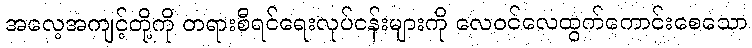
အလေ့အကျင့်တို့ကို တရားစီရင်ရေးလုပ်ငန်းများကို လေဝင်လေထွက်ကောင်းစေသော